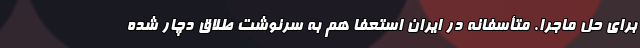
برای حل ماجرا. متأسفانه در ایران استعفا هم به سرنوشت طلاق دچار شده